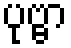
ပုဗ္ဗာ